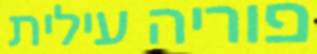
פוריה עילית